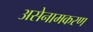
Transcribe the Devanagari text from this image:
असेनामकरण